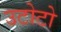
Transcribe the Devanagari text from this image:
उटोटो